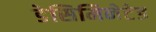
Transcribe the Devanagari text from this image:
डेसिमिनेटेड